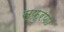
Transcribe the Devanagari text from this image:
स्फुरणा